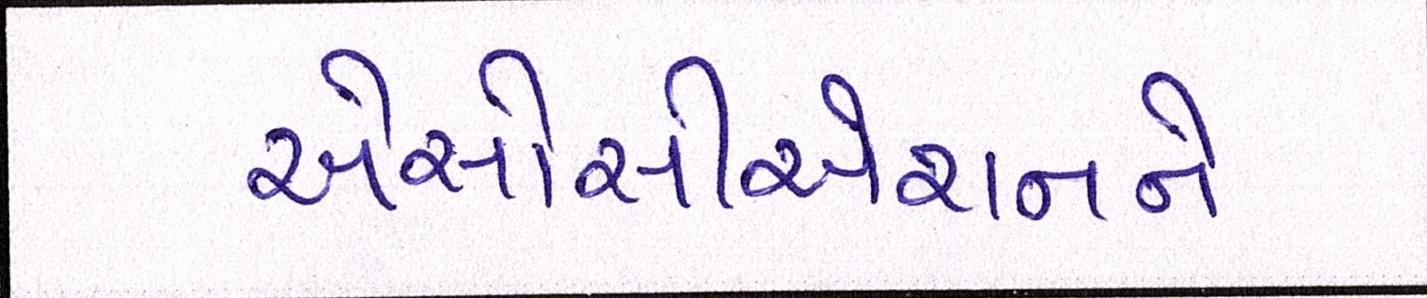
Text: એસોસીએશનને